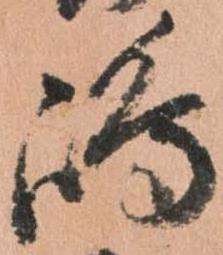
島